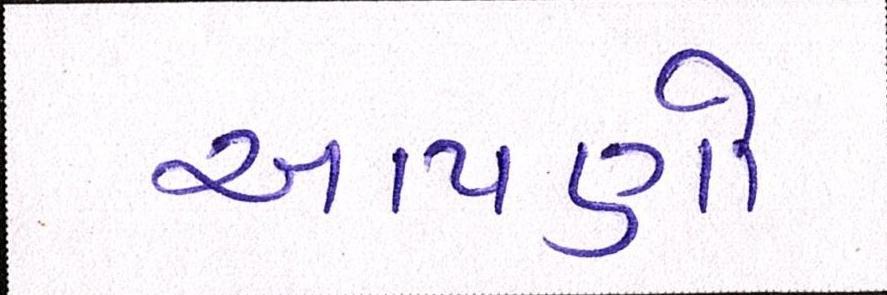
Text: આપણો